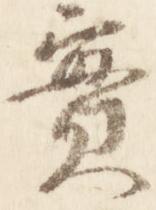
実